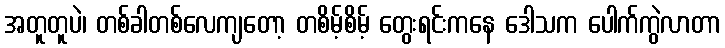
အတူတူပဲ၊ တစ်ခါတစ်လေကျတော့ တစိမ့်စိမ့် တွေးရင်းကနေ ဒေါသက ပေါက်ကွဲလာတာ